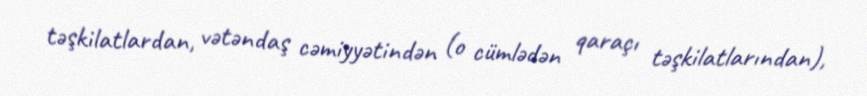
təşkilatlardan, vətəndaş cəmiyyətindən (o cümlədən qaraçı təşkilatlarından),